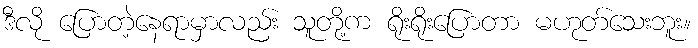
ဒီလို ပြောတဲ့နေရာမှာလည်း သူတို့က ရိုးရိုးပြောတာ မဟုတ်သေးဘူး။